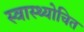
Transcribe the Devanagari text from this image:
स्वास्थ्योचित